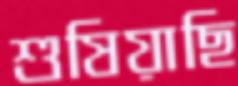
শুষিয়াছি